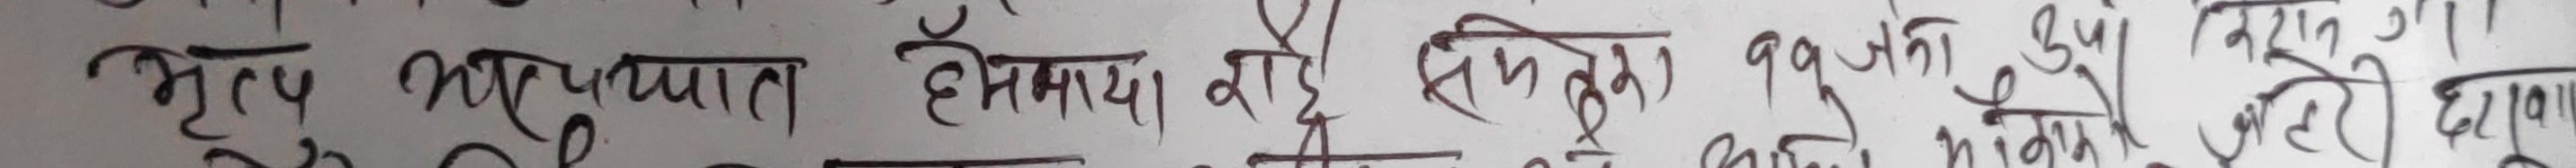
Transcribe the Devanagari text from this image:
मृत्यु अनुपात हँसमाया शत्रु ९९ जनालाई दर्दन छुटवाए